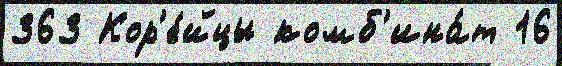
363 Кор'е́йцы комб'ина́т 16